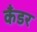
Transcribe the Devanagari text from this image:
कँडर